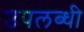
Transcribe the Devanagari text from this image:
उपलब्‍धी